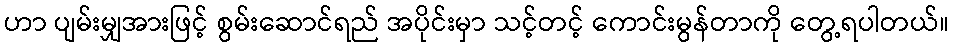
ဟာ ပျမ်းမျှအားဖြင့် စွမ်းဆောင်ရည် အပိုင်းမှာ သင့်တင့် ကောင်းမွန်တာကို တွေ့ရပါတယ်။